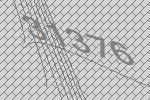
31376